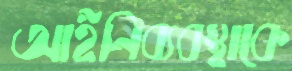
আইনিব্যবস্থাকে